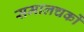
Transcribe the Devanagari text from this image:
समालचकों